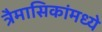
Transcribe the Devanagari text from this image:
त्रैमासिकांमध्ये